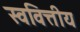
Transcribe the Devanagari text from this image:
स्ववित्तीय